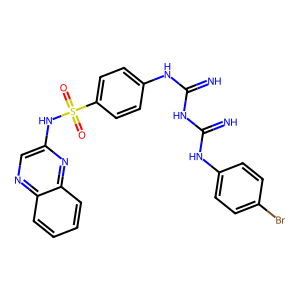
SMILES: N=C(NC(=N)Nc1ccc(S(=O)(=O)Nc2cnc3ccccc3n2)cc1)Nc1ccc(Br)cc1
Inhibits HIV replication: No